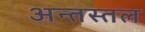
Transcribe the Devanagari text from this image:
अन्तस्तल